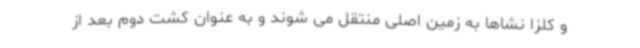
و کلزا نشاها به زمین اصلی منتقل می شوند و به عنوان کشت دوم بعد از